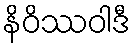
နိဝိဿဝါဒီ